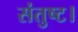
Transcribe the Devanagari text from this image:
संतुष्ट।